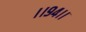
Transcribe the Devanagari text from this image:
।।९४।।